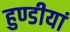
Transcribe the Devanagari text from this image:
हुण्डीयां